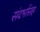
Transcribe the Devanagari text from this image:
संदर्भासह